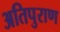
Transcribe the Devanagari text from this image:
अतिपुराण